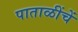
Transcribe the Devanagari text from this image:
पाताळींचें